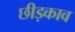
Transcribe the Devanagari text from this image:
छीड़काव